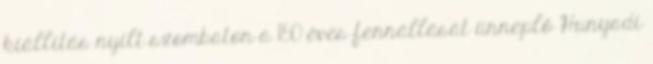
kiállítás nyílt szombaton a 150 éves fennállását ünneplő Hunyadi